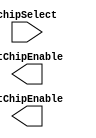
module ChipSelectDecoder(
		input 	 						chipSelect,
		output reg					 mtChipEnable,
		output reg					 stChipEnable
    );

	always @ (*) begin
		if(chipSelect) begin
			ramSelected = 1;
		end
		else begin
			ramSelected = 0;
		end
	end

endmodule